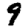
Digit: 9